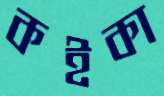
কইকা